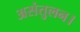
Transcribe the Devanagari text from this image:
असंतुलन।